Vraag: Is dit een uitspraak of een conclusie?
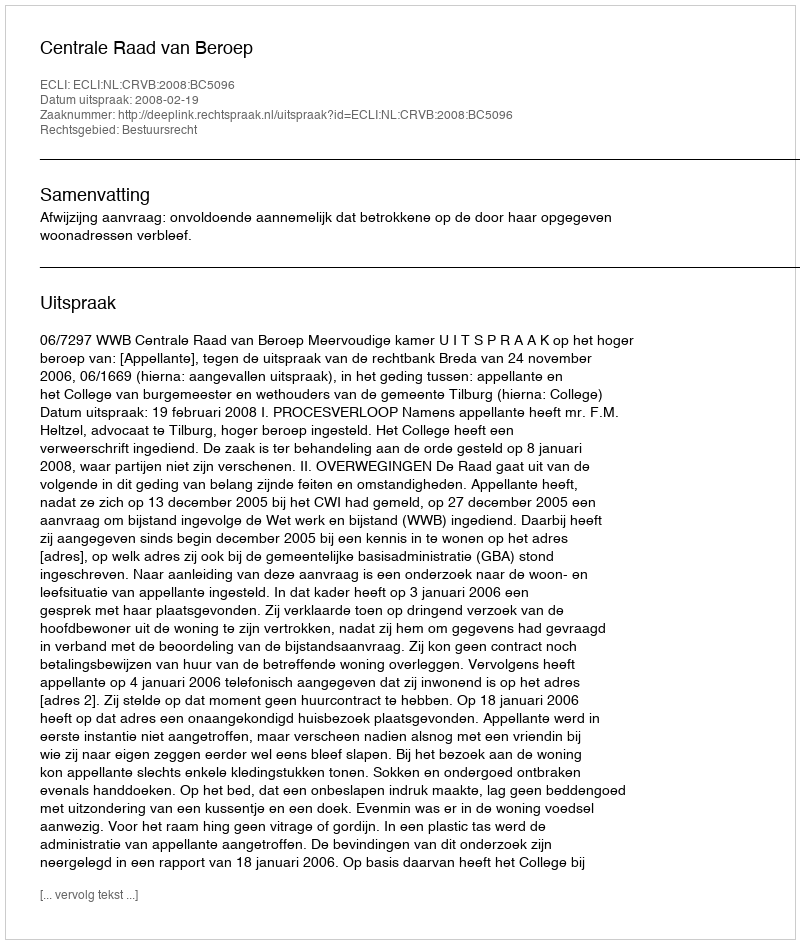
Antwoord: Uitspraak